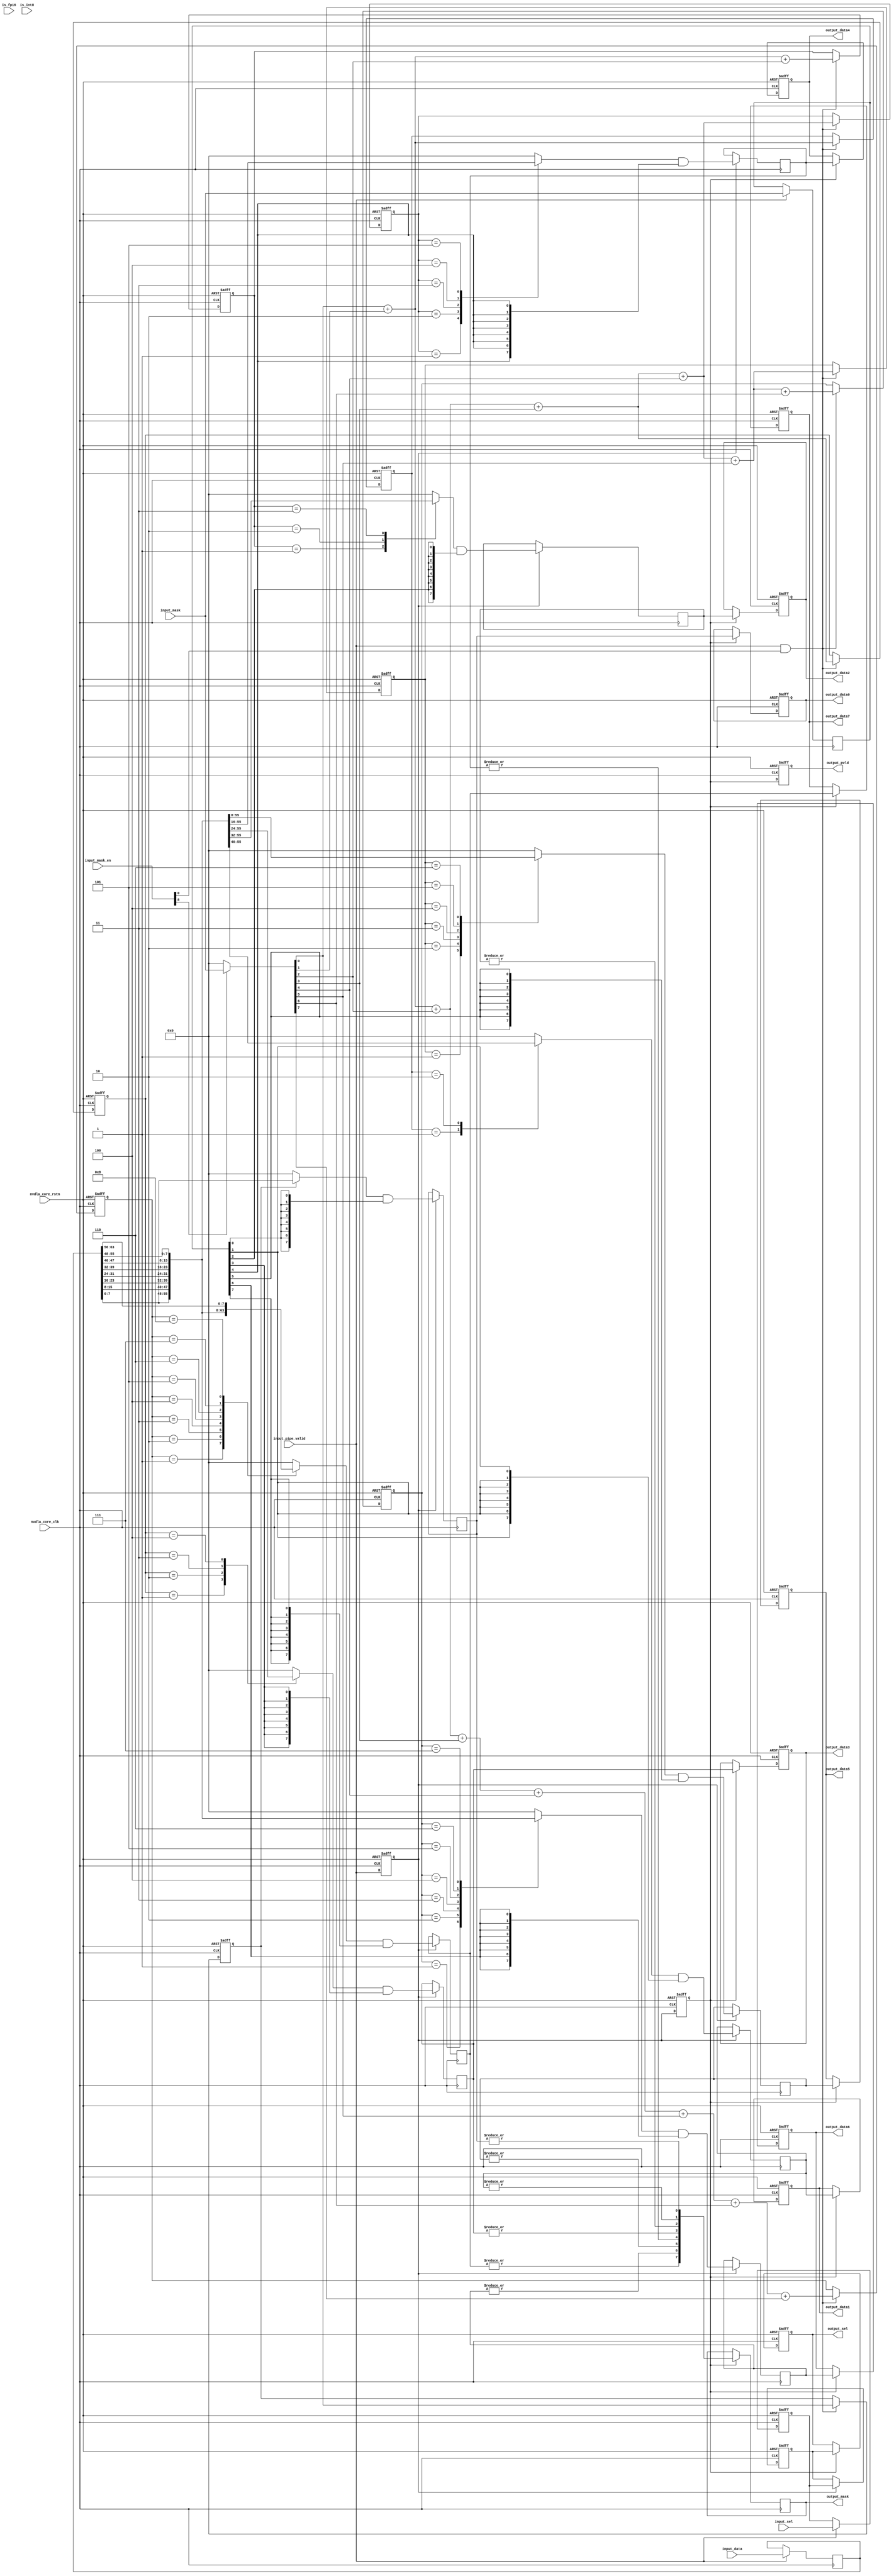
// ================================================================
// NVDLA Open Source Project
//
// Copyright(c) 2016 - 2017 NVIDIA Corporation. Licensed under the
// NVDLA Open Hardware License; Check "LICENSE" which comes with
// this distribution for more information.
// ================================================================
// ================================================================
// NVDLA Open Source Project
// 
// Copyright(c) 2016 - 2017 NVIDIA Corporation.  Licensed under the
// NVDLA Open Hardware License; Check "LICENSE" which comes with 
// this distribution for more information.
// ================================================================
    //entry bits
    //atomC
    //in bytes, entry/8
    //CSC_ENTRY_HEX/2
    //CSC_ENTRY_HEX/4
    //CSC_ENTRY_HEX-1
    //atomK
    //atomK
    //atomK*2
    //atomK*4
//notice, for image case, first atom OP within one strip OP must fetch from entry align place, in the middle of an entry is not supported.
//thus, when atomC/atomK=4, stripe=4*atomK, feature data still keeps atomK*2
    `define CC_ATOMC_DIV_ATOMK_EQUAL_1
//batch keep 1
module NV_NVDLA_CSC_WL_dec (
   nvdla_core_clk
  ,nvdla_core_rstn
  ,input_data
  ,input_mask
  ,input_mask_en
  ,input_pipe_valid
  ,input_sel
  ,is_fp16
  ,is_int8
//: for(my $i = 0; $i < 8; $i ++) {
//: print qq( ,output_data${i}\n);
//: }
//| eperl: generated_beg (DO NOT EDIT BELOW)
 ,output_data0
 ,output_data1
 ,output_data2
 ,output_data3
 ,output_data4
 ,output_data5
 ,output_data6
 ,output_data7

//| eperl: generated_end (DO NOT EDIT ABOVE)
  ,output_mask
  ,output_pvld
  ,output_sel
  );
input nvdla_core_clk;
input nvdla_core_rstn;
input [8*8 -1:0] input_data;
input [8 -1:0] input_mask;
input [9:0] input_mask_en;
input input_pipe_valid;
input [8 -1:0] input_sel;
input is_fp16;
input is_int8;
//: for(my $i = 0; $i < 8; $i ++) {
//: print qq(output [8 -1:0] output_data${i};\n);
//: }
//| eperl: generated_beg (DO NOT EDIT BELOW)
output [8 -1:0] output_data0;
output [8 -1:0] output_data1;
output [8 -1:0] output_data2;
output [8 -1:0] output_data3;
output [8 -1:0] output_data4;
output [8 -1:0] output_data5;
output [8 -1:0] output_data6;
output [8 -1:0] output_data7;

//| eperl: generated_end (DO NOT EDIT ABOVE)
output [8 -1:0] output_mask;
output output_pvld;
output [8 -1:0] output_sel;
wire [8 -1:0] input_mask_gated;
reg [8*8 -1:0] data_d1;
reg [8 -1:0] mask_d1;
//reg [8 -1:0] mask_d2_fp16_w;
//reg [8 -1:0] mask_d2_int16_w;
wire [8 -1:0] mask_d2_int8_w;
wire [8 -1:0] mask_d2_w;
reg [8 -1:0] mask_d3;
reg [8 -1:0] sel_d1;
reg [8 -1:0] sel_d2;
reg [8 -1:0] sel_d3;
reg valid_d1;
reg valid_d2;
reg valid_d3;
//: my $kk=8;
//: for(my $i = 0; $i < 8; $i ++) {
//: my $series_no = sprintf("%02d", $i);
//: print qq(reg [8 -1:0] vec_data_${series_no};\n);
//: print qq(reg [8 -1:0] vec_data_${series_no}_d2;\n);
//: print qq(reg [8 -1:0] vec_data_${series_no}_d3;\n);
//: }
//: for(my $i = 0; $i < 8; $i ++) {
//: my $j = 1;
//: while(2**$j <= ($i + 1)) {
//: $j ++;
//: }
//: my $k = $j - 1;
//: my $series_no = sprintf("%02d", $i);
//: print qq(wire [${k}:0] vec_sum_${series_no};\n);
//: print qq(reg [${k}:0] vec_sum_${series_no}_d1;\n);
//: }
//| eperl: generated_beg (DO NOT EDIT BELOW)
reg [8 -1:0] vec_data_00;
reg [8 -1:0] vec_data_00_d2;
reg [8 -1:0] vec_data_00_d3;
reg [8 -1:0] vec_data_01;
reg [8 -1:0] vec_data_01_d2;
reg [8 -1:0] vec_data_01_d3;
reg [8 -1:0] vec_data_02;
reg [8 -1:0] vec_data_02_d2;
reg [8 -1:0] vec_data_02_d3;
reg [8 -1:0] vec_data_03;
reg [8 -1:0] vec_data_03_d2;
reg [8 -1:0] vec_data_03_d3;
reg [8 -1:0] vec_data_04;
reg [8 -1:0] vec_data_04_d2;
reg [8 -1:0] vec_data_04_d3;
reg [8 -1:0] vec_data_05;
reg [8 -1:0] vec_data_05_d2;
reg [8 -1:0] vec_data_05_d3;
reg [8 -1:0] vec_data_06;
reg [8 -1:0] vec_data_06_d2;
reg [8 -1:0] vec_data_06_d3;
reg [8 -1:0] vec_data_07;
reg [8 -1:0] vec_data_07_d2;
reg [8 -1:0] vec_data_07_d3;
wire [0:0] vec_sum_00;
reg [0:0] vec_sum_00_d1;
wire [1:0] vec_sum_01;
reg [1:0] vec_sum_01_d1;
wire [1:0] vec_sum_02;
reg [1:0] vec_sum_02_d1;
wire [2:0] vec_sum_03;
reg [2:0] vec_sum_03_d1;
wire [2:0] vec_sum_04;
reg [2:0] vec_sum_04_d1;
wire [2:0] vec_sum_05;
reg [2:0] vec_sum_05_d1;
wire [2:0] vec_sum_06;
reg [2:0] vec_sum_06_d1;
wire [3:0] vec_sum_07;
reg [3:0] vec_sum_07_d1;

//| eperl: generated_end (DO NOT EDIT ABOVE)
/////////////////////////////////////////////////////////////////////////////////////////////
// Decoder of compressed weight
//
// data_mask input_data mac_sel
// | | |
// sums_for_sel register register
// | | |
// ------------------> mux register
// | |
// output_data output_sel
//
/////////////////////////////////////////////////////////////////////////////////////////////
//: my $i;
//: my $j;
//: my $k;
//: my $series_no;
//: my $series_no_1;
//: my $name;
//: my $name_1;
//: my $width;
//: my $st;
//: my $end;
//: my @bit_width_list;
//: $width = 8;
//: for($i = 0; $i < 8; $i ++) {
//: $j = 0;
//: while(2**$j <= ($i + 1)) {
//: $j ++;
//: }
//: $bit_width_list[$i] = $j;
//: }
//: print "////////////////////////////////// phase I: calculate sums for mux //////////////////////////////////\n";
//: print "assign input_mask_gated = ~input_mask_en[8] ? {${width}{1'b0}} : input_mask;\n\n";
//:
//: for($i = 0; $i < 8; $i ++) {
//: $series_no = sprintf("%02d", $i);
//: print "assign vec_sum_${series_no} = ";
//: for($j = 0; $j < $i + 1; $j ++) {
//: print "input_mask_gated[${j}]";
//: if($j == $i) {
//: print ";\n";
//: } elsif ($j % 8 == 7) {
//: print "\n                   + ";
//: } else {
//: print " + ";
//: }
//: }
//: print "\n\n";
//: }
//: print "\n\n";
//:
//: print "////////////////////////////////// phase I: registers //////////////////////////////////\n";
//: &eperl::flop("-nodeclare -rval \"1'b0\" -q valid_d1 -d input_pipe_valid ");
//: &eperl::flop("-nodeclare -norst -q data_d1 -en input_pipe_valid -d input_data ");
//: &eperl::flop("-nodeclare -norst -q mask_d1 -en input_pipe_valid -d input_mask ");
//: &eperl::flop("-nodeclare -q sel_d1 -en input_pipe_valid -d input_sel ");
//:
//: for($i = 0; $i < 8; $i ++) {
//: $series_no = sprintf("%02d", $i);
//: my $j = int($i / 8);
//: my $wid = $bit_width_list[$i];
//: &eperl::flop("-nodeclare -rval \"{${wid}{1'b0}}\" -q vec_sum_${series_no}_d1 -en \"(input_pipe_valid & input_mask_en[${j}])\" -d vec_sum_${series_no} ");
//: }
//: print "\n\n";
//:
//: print "////////////////////////////////// phase II: mux //////////////////////////////////\n";
//: for($i = 0; $i < 8; $i ++) {
//: $series_no = sprintf("%02d", $i);
//: $name = "vec_data_${series_no}";
//: $k = $bit_width_list[$i];
//:
//: print "always @ (*) begin\n";
//: print "    case(vec_sum_${series_no}_d1)\n";
//:
//: for($j = 1; $j <= $i + 1; $j ++) {
//: $st = $j * $width - 1;
//: $end = ($j - 1) * $width;
//: print "        ${k}'d${j}: $name = data_d1[${st}:${end}];\n";
//: }
//: print "    default: $name= ${width}'b0;\n";
//: print "    endcase\n";
//: print "end\n\n";
//: }
//: print "\n\n";
//:
//: print "////////////////////////////////// phase II: registers //////////////////////////////////\n";
//: &eperl::flop("-nodeclare -rval \"1'b0\" -q valid_d2 -d valid_d1 ");
//: &eperl::flop("-nodeclare -q sel_d2 -en valid_d1 -d sel_d1 ");
//: for($i = 0; $i < 8; $i ++) {
//: $series_no = sprintf("%02d", $i);
//: $name = "vec_data_${series_no}";
//: &eperl::flop("-nodeclare -norst -q ${name}_d2 -en \"valid_d1\" -d \"(${name} & {${width}{mask_d1[${i}]}})\" ");
//: }
//: print "\n\n";
//:
//: print "////////////////////////////////// phase III: registers //////////////////////////////////\n";
//: for($i = 0; $i < 8; $i ++) {
//: $series_no = sprintf("%02d", $i);
//: $name = "vec_data_${series_no}_d2";
//: print "assign mask_d2_int8_w[${i}] = (|${name});\n";
//: }
//: print "\n\n\n";
//:
//: #for($i = 0; $i < 8; $i += 2) {
//: # $j = $i + 1;
//: # $series_no = sprintf("%02d", $i);
//: # $series_no_1 = sprintf("%02d", $j);
//: # $name = "vec_data_${series_no}_d2";
//: # $name_1 = "vec_data_${series_no_1}_d2";
//: # print "assign mask_d2_int16_w[${j}:${i}] = {2{(|{${name_1}, ${name}})}};\n";
//: #}
//: #print "\n\n\n";
//:
//: #for($i = 0; $i < 8; $i += 2) {
//: # $j = $i + 1;
//: # $series_no = sprintf("%02d", $i);
//: # $series_no_1 = sprintf("%02d", $j);
//: # $name = "vec_data_${series_no}_d2";
//: # $name_1 = "vec_data_${series_no_1}_d2";
//: # print "assign mask_d2_fp16_w[${j}:${i}] = {2{(|{${name_1}[6:0], ${name}})}};\n";
//: #}
//: #print "\n\n\n";
//:
//: #print "assign mask_d2_w = is_int8 ? mask_d2_int8_w :\n";
//: #print "                   is_fp16 ? mask_d2_fp16_w :\n";
//: #print "                   mask_d2_int16_w;\n";
//: #print "\n\n\n";
//: print "assign mask_d2_w = mask_d2_int8_w ;\n"; #only for int8
//:
//: &eperl::flop("-nodeclare -rval \"1'b0\" -q valid_d3 -d valid_d2 ");
//: &eperl::flop("-nodeclare -norst -q mask_d3 -en valid_d2 -d mask_d2_w ");
//: &eperl::flop("-nodeclare -q sel_d3 -en valid_d2 -d sel_d2 ");
//: for($i = 0; $i < 8; $i ++) {
//: $series_no = sprintf("%02d", $i);
//: $name = "vec_data_${series_no}";
//: &eperl::flop("-nodeclare -q ${name}_d3 -en valid_d2 -d ${name}_d2 ");
//: }
//: print "\n\n";
//:
//: print "////////////////////////////////// output: rename //////////////////////////////////\n";
//: print "assign output_pvld = valid_d3;\n";
//: print "assign output_mask = mask_d3;\n";
//: print "assign output_sel = sel_d3;\n";
//: for($i = 0; $i < 8; $i ++) {
//: $series_no = sprintf("%02d", $i);
//: $name = "vec_data_${series_no}";
//: print "assign output_data${i} = ${name}_d3;\n";
//: }
//: print "\n\n";
//| eperl: generated_beg (DO NOT EDIT BELOW)
////////////////////////////////// phase I: calculate sums for mux //////////////////////////////////
assign input_mask_gated = ~input_mask_en[8] ? {8{1'b0}} : input_mask;

assign vec_sum_00 = input_mask_gated[0];


assign vec_sum_01 = input_mask_gated[0] + input_mask_gated[1];


assign vec_sum_02 = input_mask_gated[0] + input_mask_gated[1] + input_mask_gated[2];


assign vec_sum_03 = input_mask_gated[0] + input_mask_gated[1] + input_mask_gated[2] + input_mask_gated[3];


assign vec_sum_04 = input_mask_gated[0] + input_mask_gated[1] + input_mask_gated[2] + input_mask_gated[3] + input_mask_gated[4];


assign vec_sum_05 = input_mask_gated[0] + input_mask_gated[1] + input_mask_gated[2] + input_mask_gated[3] + input_mask_gated[4] + input_mask_gated[5];


assign vec_sum_06 = input_mask_gated[0] + input_mask_gated[1] + input_mask_gated[2] + input_mask_gated[3] + input_mask_gated[4] + input_mask_gated[5] + input_mask_gated[6];


assign vec_sum_07 = input_mask_gated[0] + input_mask_gated[1] + input_mask_gated[2] + input_mask_gated[3] + input_mask_gated[4] + input_mask_gated[5] + input_mask_gated[6] + input_mask_gated[7];




////////////////////////////////// phase I: registers //////////////////////////////////
always @(posedge nvdla_core_clk or negedge nvdla_core_rstn) begin
   if (!nvdla_core_rstn) begin
       valid_d1 <= 1'b0;
   end else begin
       valid_d1 <= input_pipe_valid;
   end
end
always @(posedge nvdla_core_clk) begin
       if ((input_pipe_valid) == 1'b1) begin
           data_d1 <= input_data;
       // VCS coverage off
       end else if ((input_pipe_valid) == 1'b0) begin
       end else begin
           data_d1 <= 'bx;
       // VCS coverage on
       end
end
always @(posedge nvdla_core_clk) begin
       if ((input_pipe_valid) == 1'b1) begin
           mask_d1 <= input_mask;
       // VCS coverage off
       end else if ((input_pipe_valid) == 1'b0) begin
       end else begin
           mask_d1 <= 'bx;
       // VCS coverage on
       end
end
always @(posedge nvdla_core_clk or negedge nvdla_core_rstn) begin
   if (!nvdla_core_rstn) begin
       sel_d1 <= 'b0;
   end else begin
       if ((input_pipe_valid) == 1'b1) begin
           sel_d1 <= input_sel;
       // VCS coverage off
       end else if ((input_pipe_valid) == 1'b0) begin
       end else begin
           sel_d1 <= 'bx;
       // VCS coverage on
       end
   end
end
always @(posedge nvdla_core_clk or negedge nvdla_core_rstn) begin
   if (!nvdla_core_rstn) begin
       vec_sum_00_d1 <= {1{1'b0}};
   end else begin
       if (((input_pipe_valid & input_mask_en[0])) == 1'b1) begin
           vec_sum_00_d1 <= vec_sum_00;
       // VCS coverage off
       end else if (((input_pipe_valid & input_mask_en[0])) == 1'b0) begin
       end else begin
           vec_sum_00_d1 <= 'bx;
       // VCS coverage on
       end
   end
end
always @(posedge nvdla_core_clk or negedge nvdla_core_rstn) begin
   if (!nvdla_core_rstn) begin
       vec_sum_01_d1 <= {2{1'b0}};
   end else begin
       if (((input_pipe_valid & input_mask_en[0])) == 1'b1) begin
           vec_sum_01_d1 <= vec_sum_01;
       // VCS coverage off
       end else if (((input_pipe_valid & input_mask_en[0])) == 1'b0) begin
       end else begin
           vec_sum_01_d1 <= 'bx;
       // VCS coverage on
       end
   end
end
always @(posedge nvdla_core_clk or negedge nvdla_core_rstn) begin
   if (!nvdla_core_rstn) begin
       vec_sum_02_d1 <= {2{1'b0}};
   end else begin
       if (((input_pipe_valid & input_mask_en[0])) == 1'b1) begin
           vec_sum_02_d1 <= vec_sum_02;
       // VCS coverage off
       end else if (((input_pipe_valid & input_mask_en[0])) == 1'b0) begin
       end else begin
           vec_sum_02_d1 <= 'bx;
       // VCS coverage on
       end
   end
end
always @(posedge nvdla_core_clk or negedge nvdla_core_rstn) begin
   if (!nvdla_core_rstn) begin
       vec_sum_03_d1 <= {3{1'b0}};
   end else begin
       if (((input_pipe_valid & input_mask_en[0])) == 1'b1) begin
           vec_sum_03_d1 <= vec_sum_03;
       // VCS coverage off
       end else if (((input_pipe_valid & input_mask_en[0])) == 1'b0) begin
       end else begin
           vec_sum_03_d1 <= 'bx;
       // VCS coverage on
       end
   end
end
always @(posedge nvdla_core_clk or negedge nvdla_core_rstn) begin
   if (!nvdla_core_rstn) begin
       vec_sum_04_d1 <= {3{1'b0}};
   end else begin
       if (((input_pipe_valid & input_mask_en[0])) == 1'b1) begin
           vec_sum_04_d1 <= vec_sum_04;
       // VCS coverage off
       end else if (((input_pipe_valid & input_mask_en[0])) == 1'b0) begin
       end else begin
           vec_sum_04_d1 <= 'bx;
       // VCS coverage on
       end
   end
end
always @(posedge nvdla_core_clk or negedge nvdla_core_rstn) begin
   if (!nvdla_core_rstn) begin
       vec_sum_05_d1 <= {3{1'b0}};
   end else begin
       if (((input_pipe_valid & input_mask_en[0])) == 1'b1) begin
           vec_sum_05_d1 <= vec_sum_05;
       // VCS coverage off
       end else if (((input_pipe_valid & input_mask_en[0])) == 1'b0) begin
       end else begin
           vec_sum_05_d1 <= 'bx;
       // VCS coverage on
       end
   end
end
always @(posedge nvdla_core_clk or negedge nvdla_core_rstn) begin
   if (!nvdla_core_rstn) begin
       vec_sum_06_d1 <= {3{1'b0}};
   end else begin
       if (((input_pipe_valid & input_mask_en[0])) == 1'b1) begin
           vec_sum_06_d1 <= vec_sum_06;
       // VCS coverage off
       end else if (((input_pipe_valid & input_mask_en[0])) == 1'b0) begin
       end else begin
           vec_sum_06_d1 <= 'bx;
       // VCS coverage on
       end
   end
end
always @(posedge nvdla_core_clk or negedge nvdla_core_rstn) begin
   if (!nvdla_core_rstn) begin
       vec_sum_07_d1 <= {4{1'b0}};
   end else begin
       if (((input_pipe_valid & input_mask_en[0])) == 1'b1) begin
           vec_sum_07_d1 <= vec_sum_07;
       // VCS coverage off
       end else if (((input_pipe_valid & input_mask_en[0])) == 1'b0) begin
       end else begin
           vec_sum_07_d1 <= 'bx;
       // VCS coverage on
       end
   end
end


////////////////////////////////// phase II: mux //////////////////////////////////
always @ (*) begin
    case(vec_sum_00_d1)
        1'd1: vec_data_00 = data_d1[7:0];
    default: vec_data_00= 8'b0;
    endcase
end

always @ (*) begin
    case(vec_sum_01_d1)
        2'd1: vec_data_01 = data_d1[7:0];
        2'd2: vec_data_01 = data_d1[15:8];
    default: vec_data_01= 8'b0;
    endcase
end

always @ (*) begin
    case(vec_sum_02_d1)
        2'd1: vec_data_02 = data_d1[7:0];
        2'd2: vec_data_02 = data_d1[15:8];
        2'd3: vec_data_02 = data_d1[23:16];
    default: vec_data_02= 8'b0;
    endcase
end

always @ (*) begin
    case(vec_sum_03_d1)
        3'd1: vec_data_03 = data_d1[7:0];
        3'd2: vec_data_03 = data_d1[15:8];
        3'd3: vec_data_03 = data_d1[23:16];
        3'd4: vec_data_03 = data_d1[31:24];
    default: vec_data_03= 8'b0;
    endcase
end

always @ (*) begin
    case(vec_sum_04_d1)
        3'd1: vec_data_04 = data_d1[7:0];
        3'd2: vec_data_04 = data_d1[15:8];
        3'd3: vec_data_04 = data_d1[23:16];
        3'd4: vec_data_04 = data_d1[31:24];
        3'd5: vec_data_04 = data_d1[39:32];
    default: vec_data_04= 8'b0;
    endcase
end

always @ (*) begin
    case(vec_sum_05_d1)
        3'd1: vec_data_05 = data_d1[7:0];
        3'd2: vec_data_05 = data_d1[15:8];
        3'd3: vec_data_05 = data_d1[23:16];
        3'd4: vec_data_05 = data_d1[31:24];
        3'd5: vec_data_05 = data_d1[39:32];
        3'd6: vec_data_05 = data_d1[47:40];
    default: vec_data_05= 8'b0;
    endcase
end

always @ (*) begin
    case(vec_sum_06_d1)
        3'd1: vec_data_06 = data_d1[7:0];
        3'd2: vec_data_06 = data_d1[15:8];
        3'd3: vec_data_06 = data_d1[23:16];
        3'd4: vec_data_06 = data_d1[31:24];
        3'd5: vec_data_06 = data_d1[39:32];
        3'd6: vec_data_06 = data_d1[47:40];
        3'd7: vec_data_06 = data_d1[55:48];
    default: vec_data_06= 8'b0;
    endcase
end

always @ (*) begin
    case(vec_sum_07_d1)
        4'd1: vec_data_07 = data_d1[7:0];
        4'd2: vec_data_07 = data_d1[15:8];
        4'd3: vec_data_07 = data_d1[23:16];
        4'd4: vec_data_07 = data_d1[31:24];
        4'd5: vec_data_07 = data_d1[39:32];
        4'd6: vec_data_07 = data_d1[47:40];
        4'd7: vec_data_07 = data_d1[55:48];
        4'd8: vec_data_07 = data_d1[63:56];
    default: vec_data_07= 8'b0;
    endcase
end



////////////////////////////////// phase II: registers //////////////////////////////////
always @(posedge nvdla_core_clk or negedge nvdla_core_rstn) begin
   if (!nvdla_core_rstn) begin
       valid_d2 <= 1'b0;
   end else begin
       valid_d2 <= valid_d1;
   end
end
always @(posedge nvdla_core_clk or negedge nvdla_core_rstn) begin
   if (!nvdla_core_rstn) begin
       sel_d2 <= 'b0;
   end else begin
       if ((valid_d1) == 1'b1) begin
           sel_d2 <= sel_d1;
       // VCS coverage off
       end else if ((valid_d1) == 1'b0) begin
       end else begin
           sel_d2 <= 'bx;
       // VCS coverage on
       end
   end
end
always @(posedge nvdla_core_clk) begin
       if ((valid_d1) == 1'b1) begin
           vec_data_00_d2 <= (vec_data_00 & {8{mask_d1[0]}});
       // VCS coverage off
       end else if ((valid_d1) == 1'b0) begin
       end else begin
           vec_data_00_d2 <= 'bx;
       // VCS coverage on
       end
end
always @(posedge nvdla_core_clk) begin
       if ((valid_d1) == 1'b1) begin
           vec_data_01_d2 <= (vec_data_01 & {8{mask_d1[1]}});
       // VCS coverage off
       end else if ((valid_d1) == 1'b0) begin
       end else begin
           vec_data_01_d2 <= 'bx;
       // VCS coverage on
       end
end
always @(posedge nvdla_core_clk) begin
       if ((valid_d1) == 1'b1) begin
           vec_data_02_d2 <= (vec_data_02 & {8{mask_d1[2]}});
       // VCS coverage off
       end else if ((valid_d1) == 1'b0) begin
       end else begin
           vec_data_02_d2 <= 'bx;
       // VCS coverage on
       end
end
always @(posedge nvdla_core_clk) begin
       if ((valid_d1) == 1'b1) begin
           vec_data_03_d2 <= (vec_data_03 & {8{mask_d1[3]}});
       // VCS coverage off
       end else if ((valid_d1) == 1'b0) begin
       end else begin
           vec_data_03_d2 <= 'bx;
       // VCS coverage on
       end
end
always @(posedge nvdla_core_clk) begin
       if ((valid_d1) == 1'b1) begin
           vec_data_04_d2 <= (vec_data_04 & {8{mask_d1[4]}});
       // VCS coverage off
       end else if ((valid_d1) == 1'b0) begin
       end else begin
           vec_data_04_d2 <= 'bx;
       // VCS coverage on
       end
end
always @(posedge nvdla_core_clk) begin
       if ((valid_d1) == 1'b1) begin
           vec_data_05_d2 <= (vec_data_05 & {8{mask_d1[5]}});
       // VCS coverage off
       end else if ((valid_d1) == 1'b0) begin
       end else begin
           vec_data_05_d2 <= 'bx;
       // VCS coverage on
       end
end
always @(posedge nvdla_core_clk) begin
       if ((valid_d1) == 1'b1) begin
           vec_data_06_d2 <= (vec_data_06 & {8{mask_d1[6]}});
       // VCS coverage off
       end else if ((valid_d1) == 1'b0) begin
       end else begin
           vec_data_06_d2 <= 'bx;
       // VCS coverage on
       end
end
always @(posedge nvdla_core_clk) begin
       if ((valid_d1) == 1'b1) begin
           vec_data_07_d2 <= (vec_data_07 & {8{mask_d1[7]}});
       // VCS coverage off
       end else if ((valid_d1) == 1'b0) begin
       end else begin
           vec_data_07_d2 <= 'bx;
       // VCS coverage on
       end
end


////////////////////////////////// phase III: registers //////////////////////////////////
assign mask_d2_int8_w[0] = (|vec_data_00_d2);
assign mask_d2_int8_w[1] = (|vec_data_01_d2);
assign mask_d2_int8_w[2] = (|vec_data_02_d2);
assign mask_d2_int8_w[3] = (|vec_data_03_d2);
assign mask_d2_int8_w[4] = (|vec_data_04_d2);
assign mask_d2_int8_w[5] = (|vec_data_05_d2);
assign mask_d2_int8_w[6] = (|vec_data_06_d2);
assign mask_d2_int8_w[7] = (|vec_data_07_d2);



assign mask_d2_w = mask_d2_int8_w ;
always @(posedge nvdla_core_clk or negedge nvdla_core_rstn) begin
   if (!nvdla_core_rstn) begin
       valid_d3 <= 1'b0;
   end else begin
       valid_d3 <= valid_d2;
   end
end
always @(posedge nvdla_core_clk) begin
       if ((valid_d2) == 1'b1) begin
           mask_d3 <= mask_d2_w;
       // VCS coverage off
       end else if ((valid_d2) == 1'b0) begin
       end else begin
           mask_d3 <= 'bx;
       // VCS coverage on
       end
end
always @(posedge nvdla_core_clk or negedge nvdla_core_rstn) begin
   if (!nvdla_core_rstn) begin
       sel_d3 <= 'b0;
   end else begin
       if ((valid_d2) == 1'b1) begin
           sel_d3 <= sel_d2;
       // VCS coverage off
       end else if ((valid_d2) == 1'b0) begin
       end else begin
           sel_d3 <= 'bx;
       // VCS coverage on
       end
   end
end
always @(posedge nvdla_core_clk or negedge nvdla_core_rstn) begin
   if (!nvdla_core_rstn) begin
       vec_data_00_d3 <= 'b0;
   end else begin
       if ((valid_d2) == 1'b1) begin
           vec_data_00_d3 <= vec_data_00_d2;
       // VCS coverage off
       end else if ((valid_d2) == 1'b0) begin
       end else begin
           vec_data_00_d3 <= 'bx;
       // VCS coverage on
       end
   end
end
always @(posedge nvdla_core_clk or negedge nvdla_core_rstn) begin
   if (!nvdla_core_rstn) begin
       vec_data_01_d3 <= 'b0;
   end else begin
       if ((valid_d2) == 1'b1) begin
           vec_data_01_d3 <= vec_data_01_d2;
       // VCS coverage off
       end else if ((valid_d2) == 1'b0) begin
       end else begin
           vec_data_01_d3 <= 'bx;
       // VCS coverage on
       end
   end
end
always @(posedge nvdla_core_clk or negedge nvdla_core_rstn) begin
   if (!nvdla_core_rstn) begin
       vec_data_02_d3 <= 'b0;
   end else begin
       if ((valid_d2) == 1'b1) begin
           vec_data_02_d3 <= vec_data_02_d2;
       // VCS coverage off
       end else if ((valid_d2) == 1'b0) begin
       end else begin
           vec_data_02_d3 <= 'bx;
       // VCS coverage on
       end
   end
end
always @(posedge nvdla_core_clk or negedge nvdla_core_rstn) begin
   if (!nvdla_core_rstn) begin
       vec_data_03_d3 <= 'b0;
   end else begin
       if ((valid_d2) == 1'b1) begin
           vec_data_03_d3 <= vec_data_03_d2;
       // VCS coverage off
       end else if ((valid_d2) == 1'b0) begin
       end else begin
           vec_data_03_d3 <= 'bx;
       // VCS coverage on
       end
   end
end
always @(posedge nvdla_core_clk or negedge nvdla_core_rstn) begin
   if (!nvdla_core_rstn) begin
       vec_data_04_d3 <= 'b0;
   end else begin
       if ((valid_d2) == 1'b1) begin
           vec_data_04_d3 <= vec_data_04_d2;
       // VCS coverage off
       end else if ((valid_d2) == 1'b0) begin
       end else begin
           vec_data_04_d3 <= 'bx;
       // VCS coverage on
       end
   end
end
always @(posedge nvdla_core_clk or negedge nvdla_core_rstn) begin
   if (!nvdla_core_rstn) begin
       vec_data_05_d3 <= 'b0;
   end else begin
       if ((valid_d2) == 1'b1) begin
           vec_data_05_d3 <= vec_data_05_d2;
       // VCS coverage off
       end else if ((valid_d2) == 1'b0) begin
       end else begin
           vec_data_05_d3 <= 'bx;
       // VCS coverage on
       end
   end
end
always @(posedge nvdla_core_clk or negedge nvdla_core_rstn) begin
   if (!nvdla_core_rstn) begin
       vec_data_06_d3 <= 'b0;
   end else begin
       if ((valid_d2) == 1'b1) begin
           vec_data_06_d3 <= vec_data_06_d2;
       // VCS coverage off
       end else if ((valid_d2) == 1'b0) begin
       end else begin
           vec_data_06_d3 <= 'bx;
       // VCS coverage on
       end
   end
end
always @(posedge nvdla_core_clk or negedge nvdla_core_rstn) begin
   if (!nvdla_core_rstn) begin
       vec_data_07_d3 <= 'b0;
   end else begin
       if ((valid_d2) == 1'b1) begin
           vec_data_07_d3 <= vec_data_07_d2;
       // VCS coverage off
       end else if ((valid_d2) == 1'b0) begin
       end else begin
           vec_data_07_d3 <= 'bx;
       // VCS coverage on
       end
   end
end


////////////////////////////////// output: rename //////////////////////////////////
assign output_pvld = valid_d3;
assign output_mask = mask_d3;
assign output_sel = sel_d3;
assign output_data0 = vec_data_00_d3;
assign output_data1 = vec_data_01_d3;
assign output_data2 = vec_data_02_d3;
assign output_data3 = vec_data_03_d3;
assign output_data4 = vec_data_04_d3;
assign output_data5 = vec_data_05_d3;
assign output_data6 = vec_data_06_d3;
assign output_data7 = vec_data_07_d3;



//| eperl: generated_end (DO NOT EDIT ABOVE)
endmodule // NV_NVDLA_CSC_WL_dec